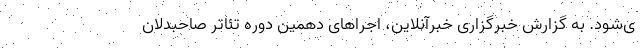
ی‌شود. به گزارش خبرگزاری خبرآنلاین، اجراهای دهمین دوره تئاتر صاحبدلان